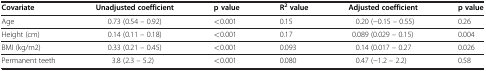
<table><thead><tr><td><b>Covariate</b></td><td><b>Unadjusted coefficient</b></td><td><b>p value</b></td><td><b>R<sup>2</sup> value</b></td><td><b>Adjusted coefficient</b></td><td><b>p value</b></td></tr></thead><tbody><tr><td>Age</td><td>0.73 (0.54 – 0.92)</td><td>&lt;0.001</td><td>0.15</td><td>0.20 (−0.15 – 0.55)</td><td>0.26</td></tr><tr><td>Height (cm)</td><td>0.14 (0.11 – 0.18)</td><td>&lt;0.001</td><td>0.17</td><td>0.089 (0.029 – 0.15)</td><td>0.004</td></tr><tr><td>BMI (kg/m2)</td><td>0.33 (0.21 – 0.45)</td><td>&lt;0.001</td><td>0.093</td><td>0.14 (0.017 – 0.27</td><td>0.026</td></tr><tr><td>Permanent teeth</td><td>3.8 (2.3 – 5.2)</td><td>&lt;0.001</td><td>0.080</td><td>0.47 (−1.2 – 2.2)</td><td>0.58</td></tr></tbody></table>